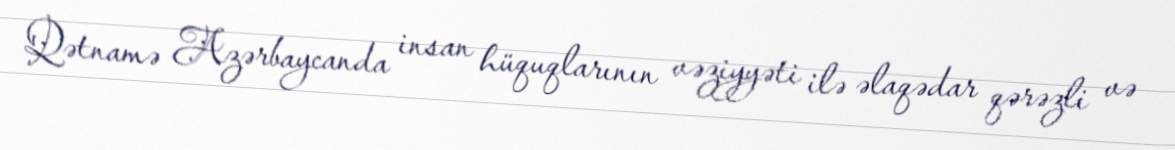
Qətnamə Azərbaycanda insan hüquqlarının vəziyyəti ilə əlaqədar qərəzli və